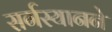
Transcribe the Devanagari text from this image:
सर्गस्यानने